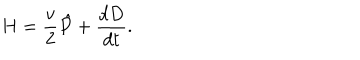
H = { \frac { v } { 2 } } \hat { P } + { \frac { d D } { d t } } .